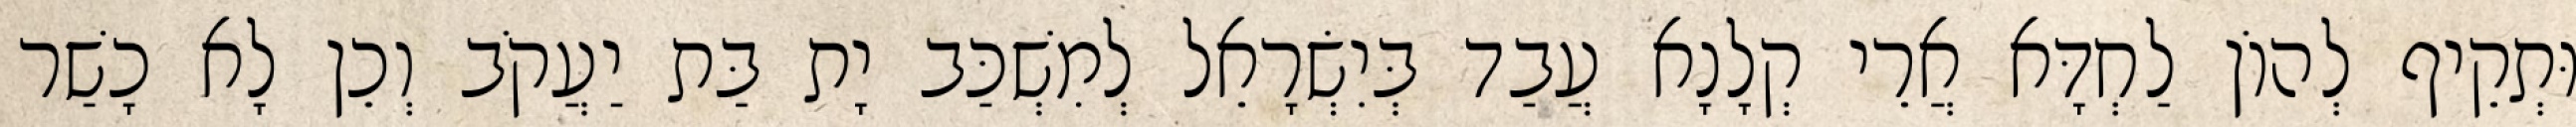
וּתְקֵיף לְהוֹן לַחְדָּא אֲרֵי קְלָנָא עֲבַד בְּיִשְׂרָאֵל לְמִשְׁכַּב יָת בַּת יַעֲקֹב וְכֵן לָא כָשַׁר